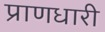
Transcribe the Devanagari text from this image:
प्राणधारी